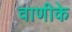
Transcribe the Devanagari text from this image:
वाणीके